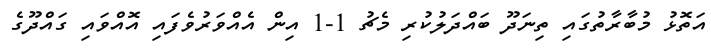
އަތޮޅު މުބާރާތުގައި ތިނަދޫ ބައްދަލުކުރި މެޗު 1-1 އިން އެއްވަރުވެފައި އޮއްވައި ގައްދޫގެ